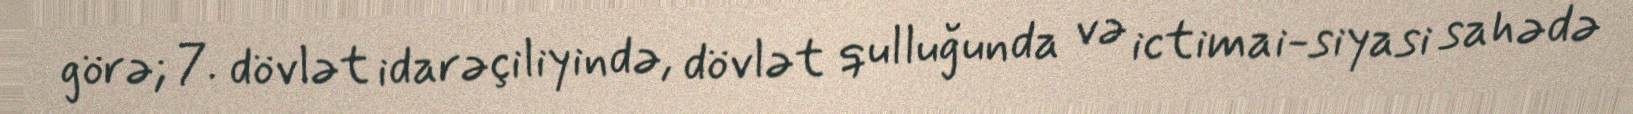
görə; 7. dövlət idarəçiliyində, dövlət qulluğunda və ictimai-siyasi sahədə